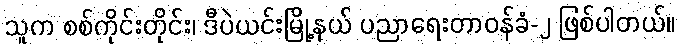
သူက စစ်ကိုင်းတိုင်း၊ ဒီပဲယင်းမြို့နယ် ပညာရေးတာဝန်ခံ-၂ ဖြစ်ပါတယ်။